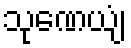
သုဏေယျံ